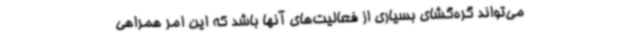
می‌تواند گره‌گشای بسیاری از فعالیت‌های آنها باشد که این امر همراهی